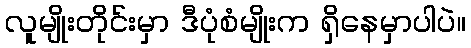
လူမျိုးတိုင်းမှာ ဒီပုံစံမျိုးက ရှိနေမှာပါပဲ။